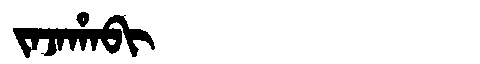
Manchu: ᠵᠠᠵᠠᡥᠠᠪᡳ
Romanization: JAJAHABI